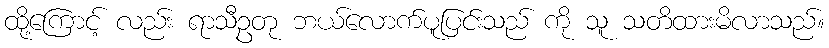
ထို့ကြောင့် လည်း ရာသီဥတု ဘယ်လောက်ပူပြင်းသည် ကို သူ သတိထားမိလာသည်။